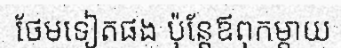
ថែមទៀតផង ប៉ុន្តែឪពុកម្តាយ